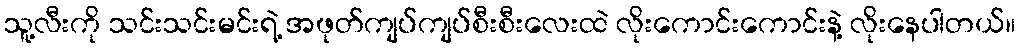
သူ့လီးကို သင်းသင်းမင်းရဲ့ အဖုတ်ကျပ်ကျပ်စီးစီးလေးထဲ လိုးကောင်းကောင်းနဲ့ လိုးနေပါတယ်။